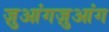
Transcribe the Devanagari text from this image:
ज़ुआंगज़ुआंग